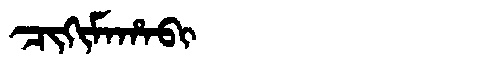
Manchu: ᠴᡳᡴᡳᠮᠠᡥᠠᠪᡳ
Romanization: CIKIMAHABI